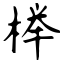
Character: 榉